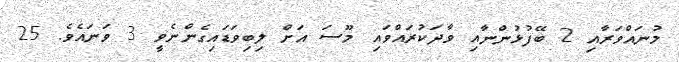
މުނައްވަރާއި 2 ބޭފުޅުންނާއި ވާދަކުރައްވައި މޫސަ އަށް ލިބިވަޑައިގެންނެވީ 3 ވަނައެވެ. 25